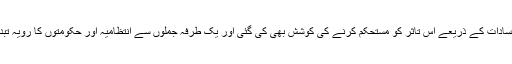
بعض مقامات پر فرقہ وارانہ فسادات کے ذریعے اس تاثر کو مستحکم کرنے کی کوشش بھی کی گئی اور یک طرفہ جملوں سے انتظامیہ اور حکومتوں کا رویہ تبدیل کرنے کی کوشش کی گئی۔